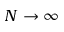
N \rightarrow \infty